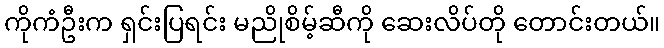
ကိုကံဦးက ရှင်းပြရင်း မညိုစိမ့်ဆီကို ဆေးလိပ်တို တောင်းတယ်။